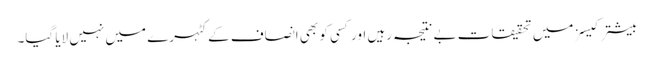
بیشتر کیسز میں تحقیقات بے نتیجہ رہیں اور کسی کو بھی انصاف کے کٹہرے میں نہیں لایا گیا۔